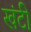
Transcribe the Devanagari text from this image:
खंटी